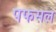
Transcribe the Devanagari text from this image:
पफसल